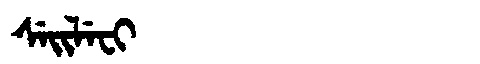
Manchu: ᠰᡝᡳᠯᡝᠸᡳ
Romanization: SEILEFI